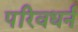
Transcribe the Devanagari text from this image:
परिवधर्न